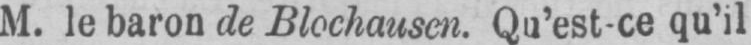
M. le baron de Blochausen. Qu’est-ce qu’il